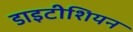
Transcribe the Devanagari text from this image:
डाइटीशियन